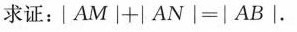
求证：$$| A M | + | A N | = | A B |$$.